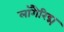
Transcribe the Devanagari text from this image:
लॉगैरिद्म